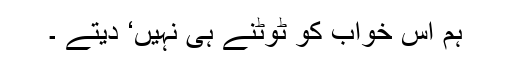
ہم اس خواب کو ٹوٹنے ہی نہیں‘ دیتے ۔